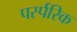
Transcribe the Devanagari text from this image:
पर्स्परिक